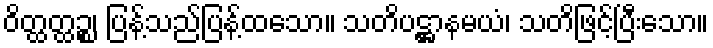
ဝိတ္ထတ္ထဉ္စ၊ ပြန့်သည်ပြန့်ထသော။ သတိပဋ္ဌာနမယံ၊ သတိဖြင့်ပြီးသော။